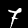
Label: 7